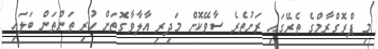
މި ޕްރޮގްރާމްގެ ތެރޭގައި ރަށުތެރެ ސާވޭކޮށް މަދިރި އާލާވާގޮތަށް ހުރި ތަންތަން ބަލައި